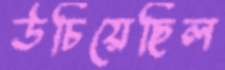
উচিয়েছিল